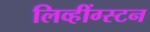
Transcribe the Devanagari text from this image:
लिव्हींग्स्टन